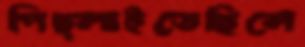
পিছ্‌লাইতেছিলে